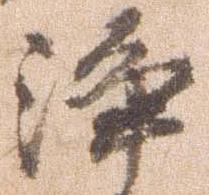
浄